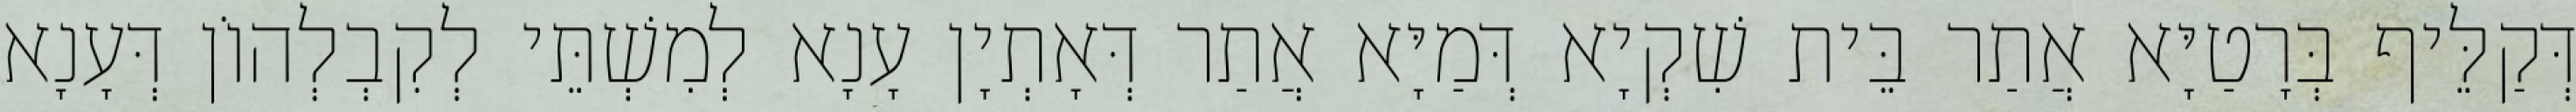
דְּקַלֵּיף בְּרָטַיָּא אֲתַר בֵּית שִׁקְיָא דְּמַיָּא אֲתַר דְּאָתְיָן עָנָא לְמִשְׁתֵּי לְקִבְלְהוֹן דְּעָנָא